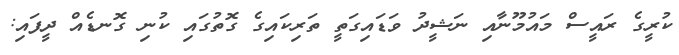
ކުރީގެ ރައީސް މައުމޫނާއި ނަޝީދު ވަޑައިގަތީ ތަރިކައިގެ ގޮތުގައި ކުނި ގޮނޑެއް ދީފައި: